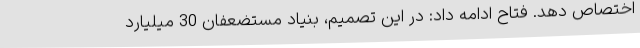
اختصاص دهد. فتاح ادامه داد: در این تصمیم، بنیاد مستضعفان 30 میلیارد